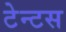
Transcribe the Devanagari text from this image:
टेन्टस